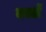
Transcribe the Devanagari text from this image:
बर्स्ले